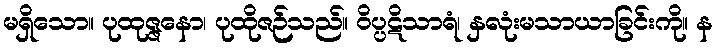
မရှိသော။ ပုထုဇ္ဇနော၊ ပုထိုဇဉ်သည်။ ဝိပ္ပဋိသာရံ၊ နှလုံးမသာယာခြင်းကို။ န